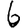
Digit: 6